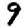
Digit: 9